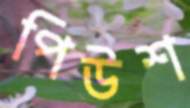
পিউশ